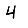
Digit: 4